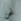
نحن